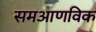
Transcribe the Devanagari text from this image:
समआणविक